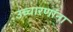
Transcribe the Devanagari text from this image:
उच्चारणांना